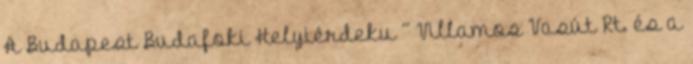
A Budapest–Budafoki Helyiérdeku ´´ Villamos Vasút Rt. és a